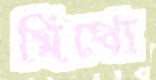
মিথ্যে